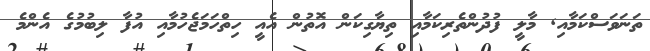
ތަނަވަސްކަމާއި